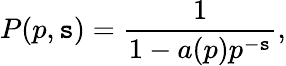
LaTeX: P(p,\mathtt{s})={\frac{{1}}{{1-a(p)p^{-\mathtt{s}}}}},